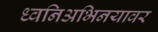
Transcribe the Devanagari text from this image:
ध्वनिअभिनयावर